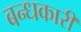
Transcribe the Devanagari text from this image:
बन्धकारी